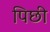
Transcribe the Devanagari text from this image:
पिछी